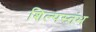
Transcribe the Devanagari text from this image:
शिल्पस्तंभ